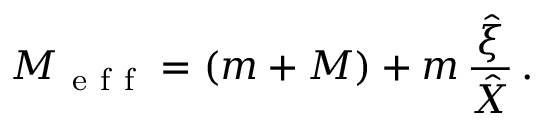
M _ { \mathrm { ~ e ~ f ~ f ~ } } = ( m + M ) + m \, \frac { \hat { \xi } } { \hat { X } } \, .